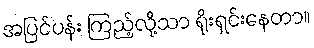
အပြင်ပန်း ကြည့်လို့သာ ရိုးရှင်းနေတာ။